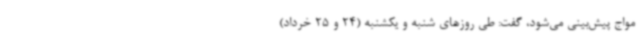
مواج پیش‌بینی می‌شود، گفت: طی روزهای شنبه و یکشنبه (24 و 25 خرداد)